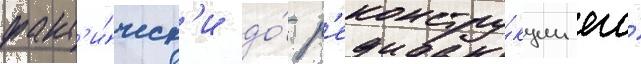
факт'и́ческ'и до́ р'еконстру́кции его́